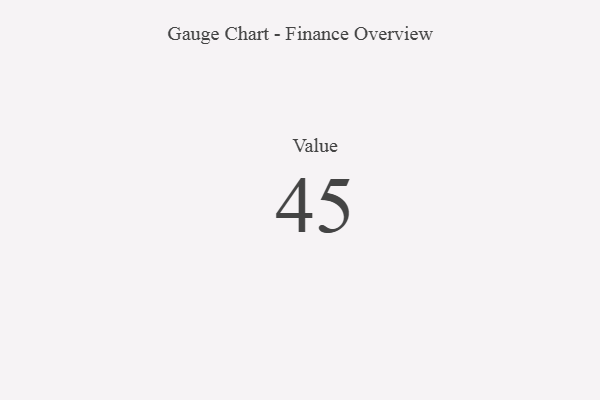
{"axis": {"x": "Metric", "y": "Value"}, "legend": [""], "data": [{"x": "Value", "y": 45, "type": ""}]}